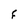
Character: F